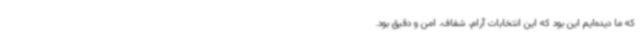
که ما دیده‌ایم این بود که این انتخابات آرام، شفاف، امن و دقیق بود.